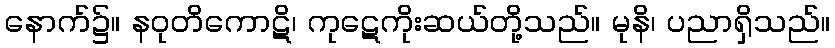
နောက်၌။ နဝုတိကောဋိ၊ ကုဋေကိုးဆယ်တို့သည်။ မုနိ၊ ပညာရှိသည်။